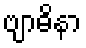
ဗျာဓိနာ